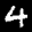
Label: 4